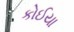
કોઈયા